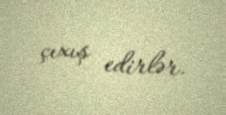
çıxış edirlər.